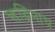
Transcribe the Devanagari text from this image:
ऋद्धिनाथ